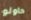
حاولو